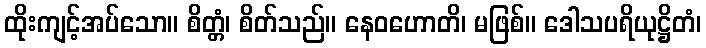
ထိုးကျင့်အပ်သော။ စိတ္တံ၊ စိတ်သည်။ နေဝဟောတိ၊ မဖြစ်။ ဒေါသပရိယုဋ္ဌိတံ၊